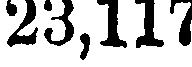
23,117